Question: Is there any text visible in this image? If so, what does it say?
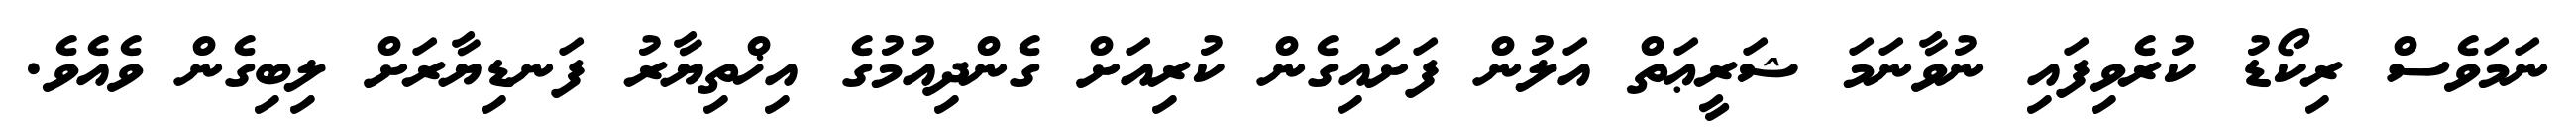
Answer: ނަމަވެސް ރިކޯޑު ކުރެވިފައި ނުވާނަމަ ޝަރީޢަތް އަލުން ފަށައިގެން ކުރިއަށް ގެންދިއުމުގެ އިޚްތިޔާރު ފަނޑިޔާރަށް ލިބިގެން ވެއެވެ.